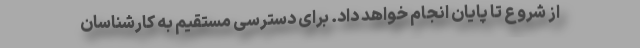
از شروع تا پایان انجام خواهد داد. برای دسترسی مستقیم به کارشناسان